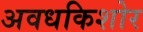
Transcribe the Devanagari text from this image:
अवधकिशोर